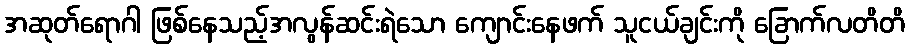
အဆုတ်ရောဂါ ဖြစ်နေသည့်အလွန်ဆင်းရဲသော ကျောင်းနေဖက် သူငယ်ချင်းကို ခြောက်လတိတိ